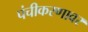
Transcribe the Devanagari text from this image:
पंचीकरणावर